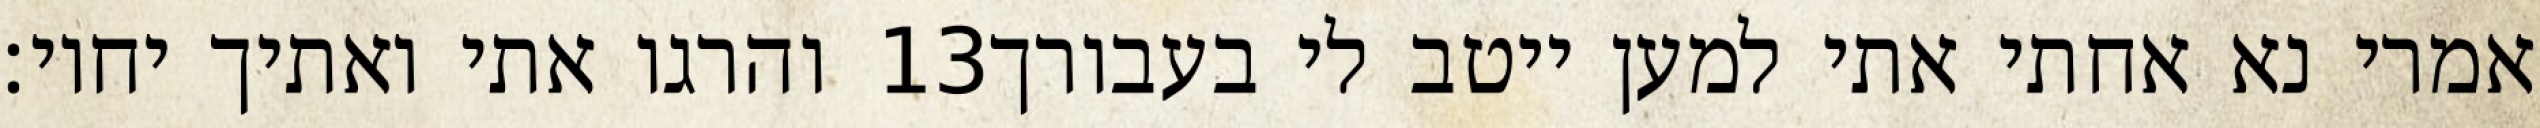
והרגו אתי ואתיך יחיו׃ ‎13‏ אמרי נא אחתי אתי למען ייטב לי בעבורך